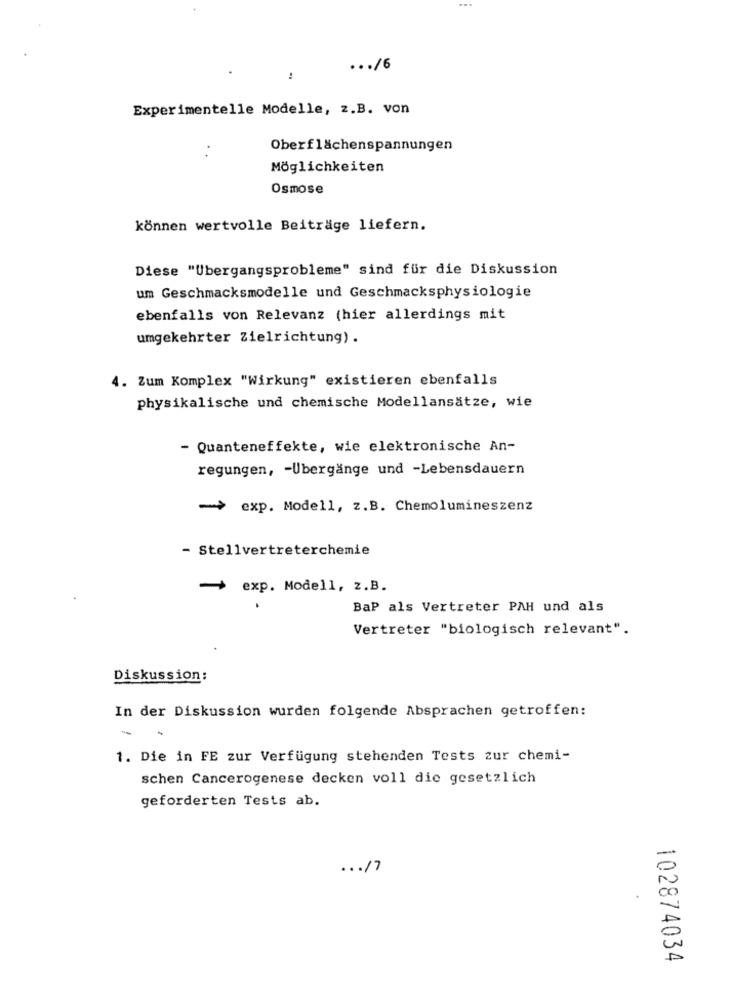
... /6
!
Experimentelle Modelle, z.B. von
Oberflächenspannungen
Möglichkeiten
Osmose
können wertvolle Beiträge liefern.
Diese "Übergangsprobleme" sind für die Diskussion
um Geschmacksmodelle und Geschmacksphysiologie
ebenfalls von Relevanz (hier allerdings mit
umgekehrter Zielrichtung) .
4. Zum Komplex "Wirkung" existieren ebenfalls
physikalische und chemische Modellansätze, wie
- Quanteneffekte, wie elektronische An-
regungen, - Übergänge und -Lebensdauern
-> exp. Modell, z.B. Chemolumineszenz
- Stellvertreterchemie
- exp. Modell, z.B.
BaP als Vertreter PAH und als
Vertreter "biologisch relevant".
Diskussion:
In der Diskussion wurden folgende Absprachen getroffen:
-
-
1. Die in FE zur Verfügung stehenden Tests zur chemi-
schen Cancerogenese decken voll die gesetzlich
geforderten Tests ab.
... /7
102874034